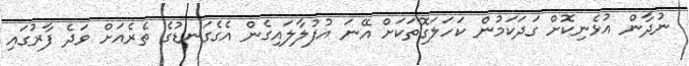
ނުދާން އުޅެނިކޮށް ގަދަކަމުން ކަހަލަގޮތަކަށް އޭނަ އުފުލާލައިގެން އެގެގަނޑުގެ ތެރެއަށް ވަދެ ފާރުގައި